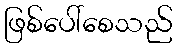
ဖြစ်ပေါ်စေသည်